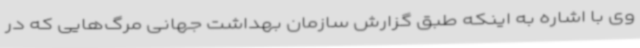
وی با اشاره به اینکه طبق گزارش سازمان بهداشت جهانی مرگ‌هایی که در